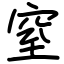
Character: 窒